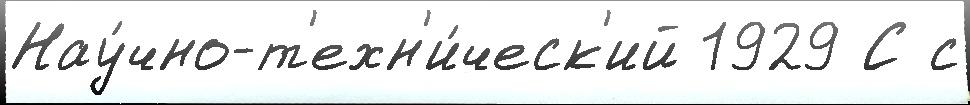
Нау́чно-т'ехн'и́ческ'ий 1929 С с